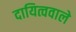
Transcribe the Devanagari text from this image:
दायित्ववाले